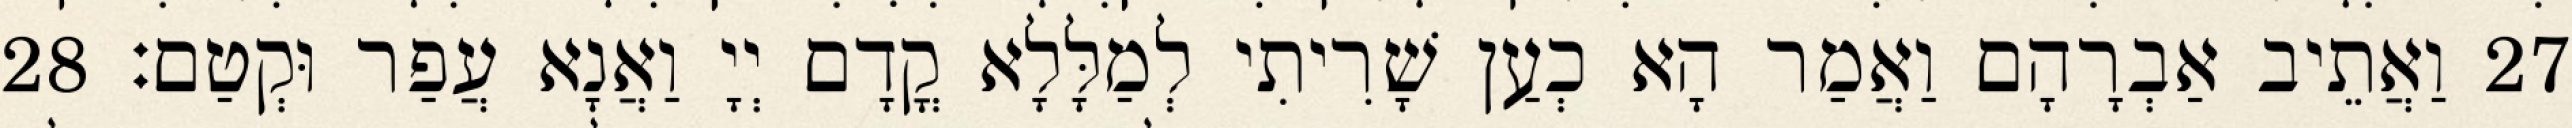
27 וַאֲתֵיב אַבְרָהָם וַאֲמַר הָא כְעַן שָׁרִיתִי לְמַלָּלָא קֳדָם יְיָ וַאֲנָא עֲפַר וּקְטַם׃ 28